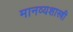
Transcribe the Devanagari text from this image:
मानव्यशास्त्री